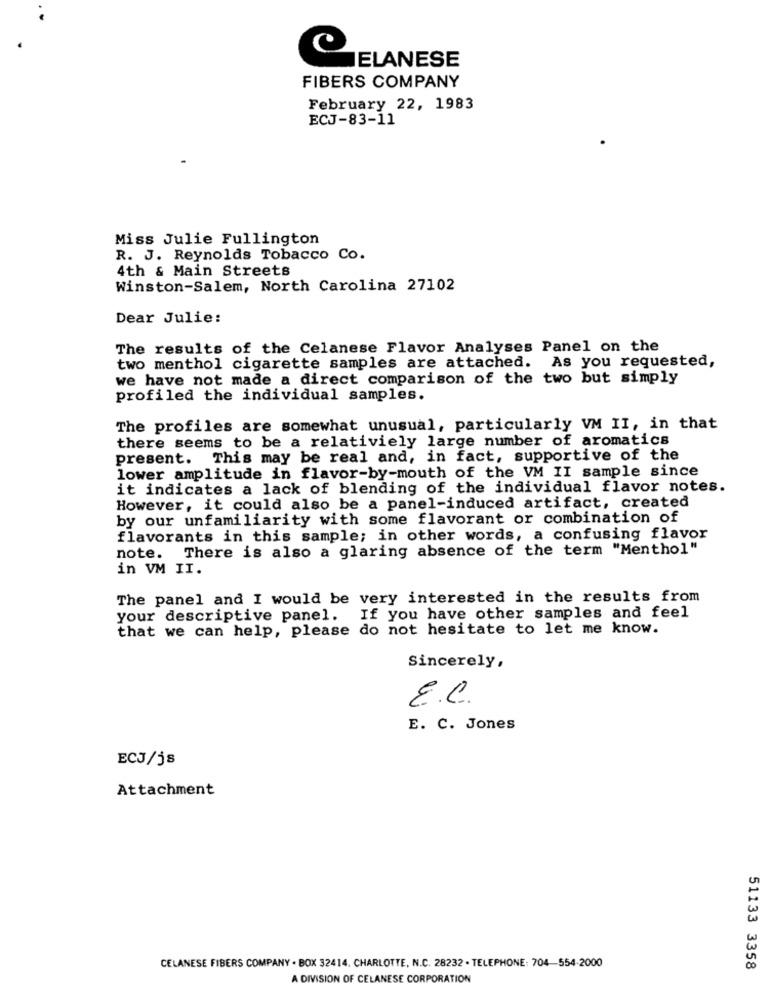
JELANESE
FIBERS COMPANY
February 22, 1983
ECJ-83-11
Miss Julie Fullington
R. J. Reynolds Tobacco Co.
4th & Main Streets
Winston-Salem, North Carolina 27102
Dear Julie:
The results of the Celanese Flavor Analyses Panel on the
two menthol cigarette samples are attached. As you requested,
we have not made a direct comparison of the two but simply
profiled the individual samples.
The profiles are somewhat unusual, particularly VM II, in that
there seems to be a relativiely large number of aromatics
present. This may be real and, in fact, supportive of the
lower amplitude in flavor-by-mouth of the VM II sample since
it indicates a lack of blending of the individual flavor notes.
However, it could also be a panel-induced artifact, created
by our unfamiliarity with some flavorant or combination of
flavorants in this sample; in other words, a confusing flavor
There is also a glaring absence of the term "Menthol"
note.
in VM II.
The panel and I would be very interested in the results from
your descriptive panel. If you have other samples and feel
that we can help, please do not hesitate to let me know.
Sincerely,
E.C.
E. C. Jones
ECJ/js
Attachment
CELANESE FIBERS COMPANY . BOX 32414. CHARLOTTE, N.C. 28232 . TELEPHONE: 704-554-2000
51133 3358
A DIVISION OF CELANESE CORPORATION